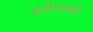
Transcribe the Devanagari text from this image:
हरिस्वामी